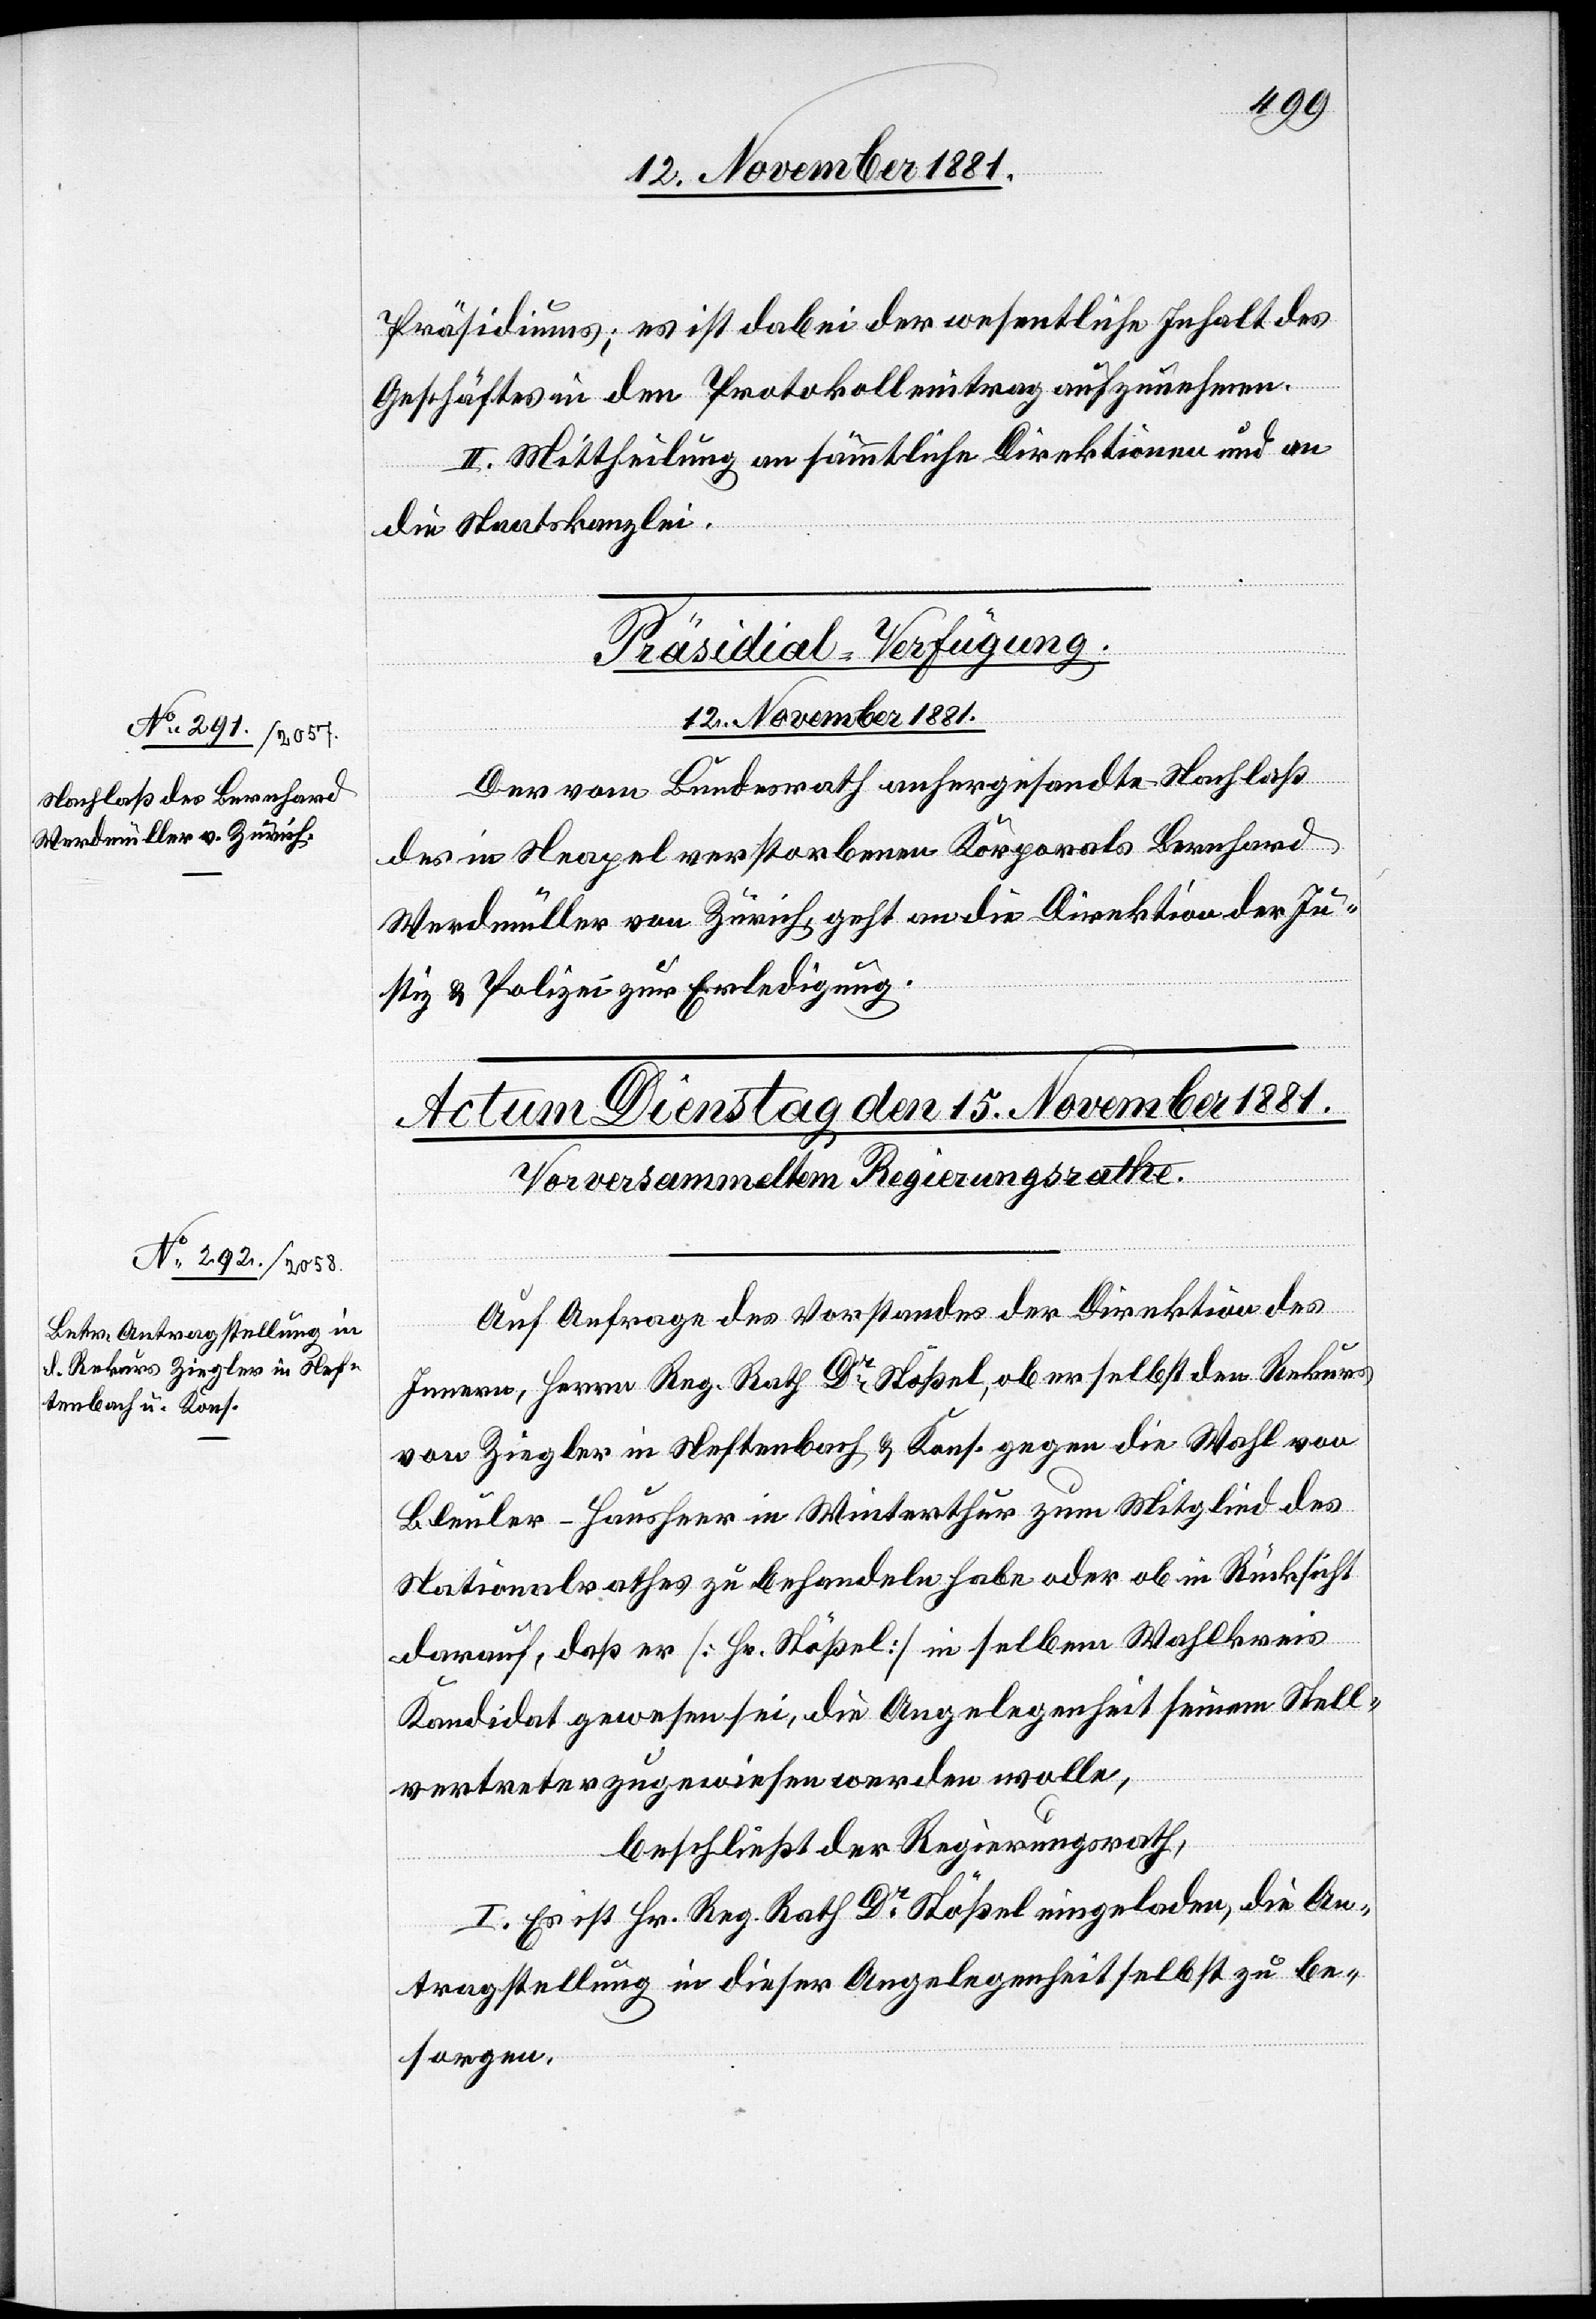
Präsidiums; es ist dabei der wesentliche Inhalt des
Geschäftes in den Protokolleintrag aufzunehmen.
II. Mittheilung an sämmtliche Direktionen und an
die Staatskanzlei.
Präsidial-Verfügung.
12. November 1881.
Der vom Bundesrath anhergesandte Nachlaß
des in Neapel verstorbenen Korporals Bernhard
Werdmüller von Zürich, geht an die Direktion der Ju¬
stiz- & Polizei zur Erledigung.
Auf Antrag des Vorstandes der Direktion des
Innern, Herrn Reg. Rath Dr Stößel, ob er selbst den Rekurs
von Ziegler in Neftenbach & Kons. gegen die Wahl von
Bleuler-Hausheer in Winterthur zum Mitglied des
Nationalrathes zu behandeln habe oder ob in Rücksicht
darauf, daß er [Hr. Stößel] in selbem Wahlkreis
Kandidat gewesen sei, die Angelegenheit seinem Stell¬
vertreter zugewiesen werden wolle,
beschließt der Regierungsrath,
I. Es ist Hr. Reg. Rath Dr Stößel eingeladen, die An¬
tragstellung in dieser Angelegenheit selbst zu be¬
sorgen.